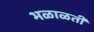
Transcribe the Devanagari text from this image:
भळाळती